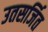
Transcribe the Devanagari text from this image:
उतसर्जित